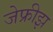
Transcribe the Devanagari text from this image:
जेफ्रीझ